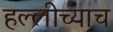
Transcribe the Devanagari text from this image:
हल्लीच्याच